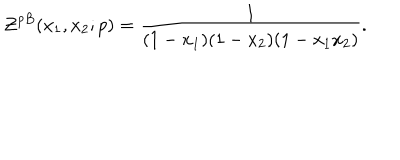
LaTeX: { \cal Z } ^ { p B } ( x _ { 1 } , x _ { 2 } ; p ) = \frac { 1 } { ( 1 - x _ { 1 } ) ( 1 - x _ { 2 } ) ( 1 - x _ { 1 } x _ { 2 } ) } .